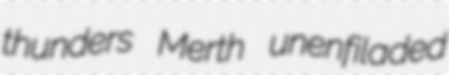
thunders Merth unenfiladed